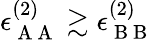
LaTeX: \epsilon_{\mathrm{~A~A~}}^{(2)}\gtrsim\epsilon_{\mathrm{~B~B~}}^{(2)}